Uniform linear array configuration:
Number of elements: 24
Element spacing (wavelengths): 1
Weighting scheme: binomial
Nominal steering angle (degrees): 60
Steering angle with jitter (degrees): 58.59
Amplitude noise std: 0.05
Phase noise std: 0.05

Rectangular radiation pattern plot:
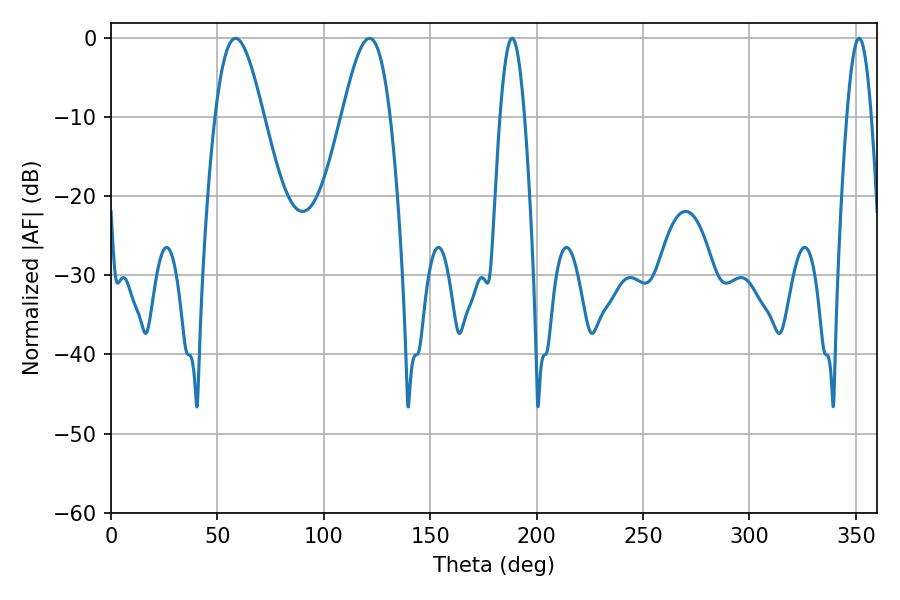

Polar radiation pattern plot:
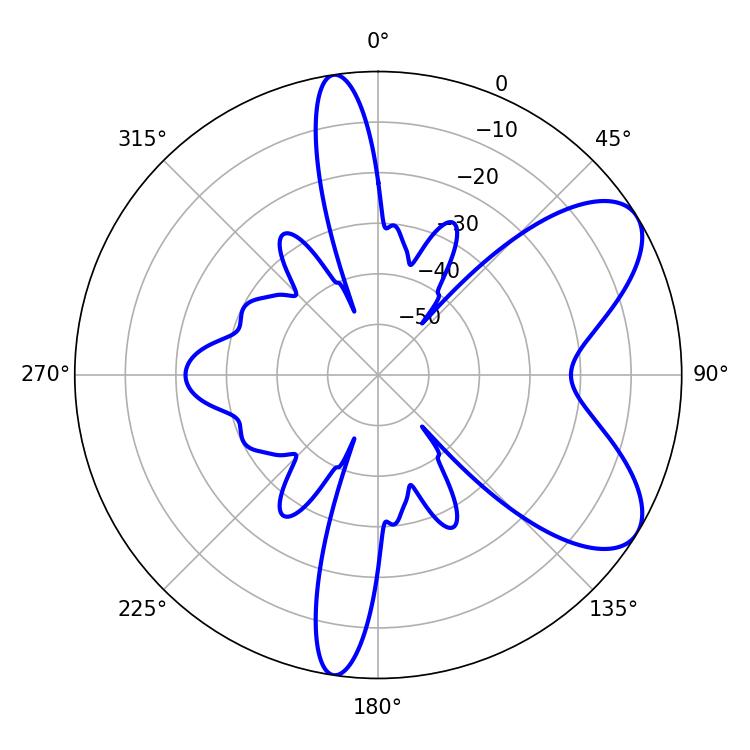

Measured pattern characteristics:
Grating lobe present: TRUE
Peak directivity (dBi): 7.361
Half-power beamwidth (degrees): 6.12
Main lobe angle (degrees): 188.46